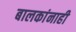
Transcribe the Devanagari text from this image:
बालकांनाही